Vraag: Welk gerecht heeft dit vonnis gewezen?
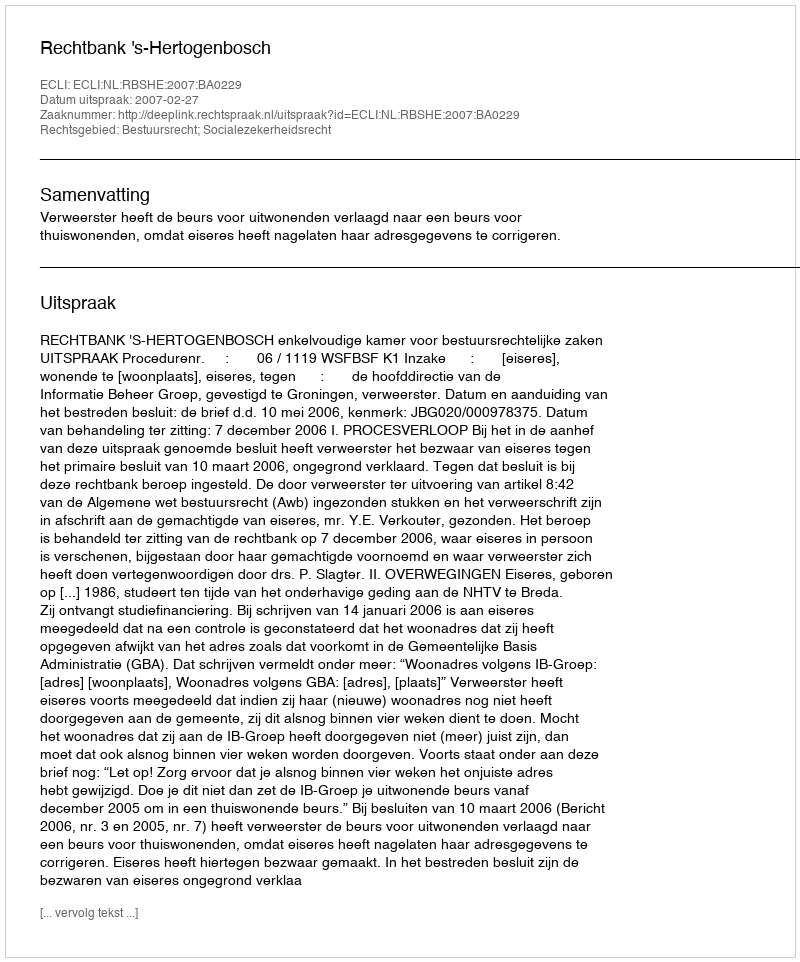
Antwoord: Rechtbank 's-Hertogenbosch